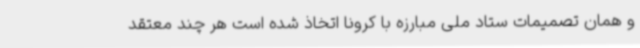
و همان تصمیمات ستاد ملی مبارزه با کرونا اتخاذ شده است هر چند معتقد